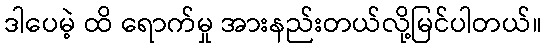
ဒါပေမဲ့ ထိ ရောက်မှု အားနည်းတယ်လို့မြင်ပါတယ်။